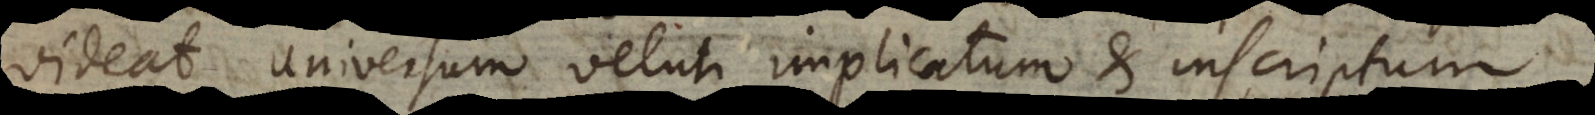
videat universum veluti implicatum et inscriptum.